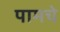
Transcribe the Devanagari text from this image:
पामचे